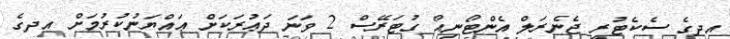
އދގެ ސެކެޓުރީ ޖެނެރަލް އެންޓޯނިއޯ ގުޓަރޭސް 2 ވަނަ ދަޢުރަކަށް ޢައްޔަނުކުރުމަށް އދގެ